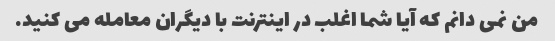
من نمی دانم که آیا شما اغلب در اینترنت با دیگران معامله می کنید.